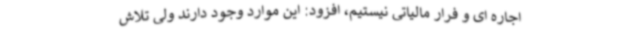
اجاره ای و فرار مالیاتی نیستیم، افزود: این موارد وجود دارند ولی تلاش